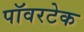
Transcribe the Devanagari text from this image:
पॉवरटेक